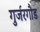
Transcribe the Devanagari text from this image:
गुर्जरगौड